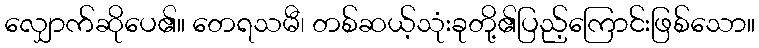
လျှောက်ဆိုပေ၏။ တေရသမီ၊ တစ်ဆယ့်သုံးခုတို့၏ပြည့်ကြောင်းဖြစ်သော။